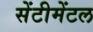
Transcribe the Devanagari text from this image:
सेंटीमेंटल